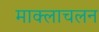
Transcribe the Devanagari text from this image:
माक्लाचलन